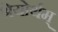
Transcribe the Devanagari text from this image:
श्रेयोर्थम्‌